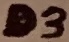
Text: D3